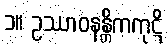
၁။ ဥဿာဝနန္တိကကုဋိ